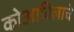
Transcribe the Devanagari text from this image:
कोआविलाचे